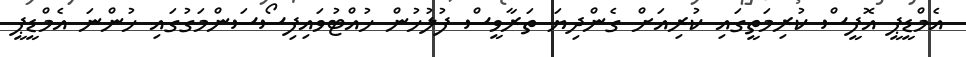
އެމްޑީޕީ އޮފީސް ކުރިމަތީގައި ކުރިއަށް ގެންދިޔަ ތަރާވީސް ފުލުހުން ހުއްޓުވައިފިސޯސަންމަގުގައި ހުންނަ އެމްޑީޕީ